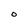
Character: O